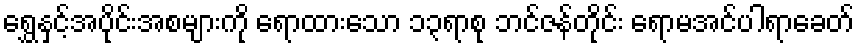
ရွှေနှင့်အပိုင်းအစများကို ရောထားသော ၁၃ရာစု ဘင်ဇန်တိုင်း ရောမအင်ပါရာခေတ်